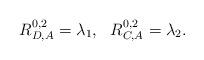
LaTeX: \begin{align*}R_{D,A}^{0,2} = \lambda_1, \ \ R_{C,A}^{0,2} = \lambda_2.\end{align*}